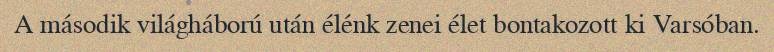
A második világháború után élénk zenei élet bontakozott ki Varsóban.